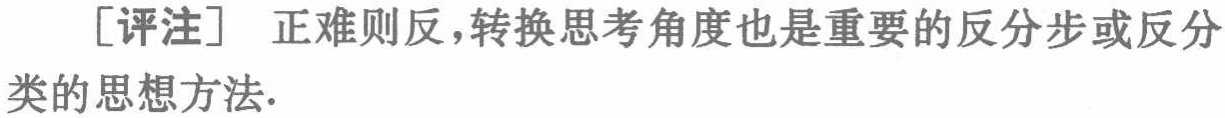
[评注] 正难则反，转换思考角度也是重要的反分步或反分类的思想方法.